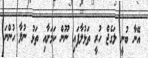
އޭނާ ބުނީ ލަގެޖް ހުރީ ތަޅުލާފައި ނޫން ކަމަށާއި ތަޅު ނުލާ ހުންނަ